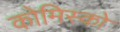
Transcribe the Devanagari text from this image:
कोमिस्को